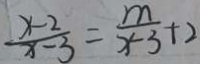
\frac { x - 2 } { x - 3 } = \frac { m } { x - 3 } + 2